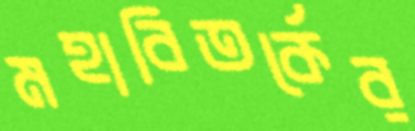
মহাবিতর্কের